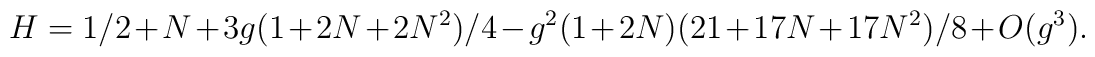
H=1/2+N+3g(1+2N+2N^{2})/4-g^{2}(1+2N)(21+17N+17N^{2})/8+O(g^{3}).